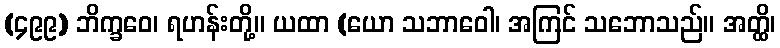
(၄၉၉) ဘိက္ခဝေ၊ ရဟန်းတို့။ ယထာ (ယော သဘာဝေါ၊ အကြင် သဘောသည်။ အတ္ထိ၊